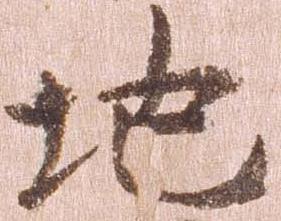
地